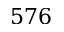
5 7 6